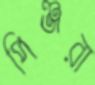
পিঞ্জরা